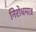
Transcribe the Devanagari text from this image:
निरोधमात्र